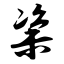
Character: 粢